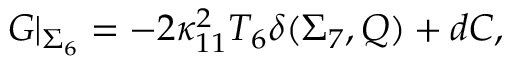
G \vert _ { \Sigma _ { 6 } } = - 2 \kappa _ { 1 1 } ^ { 2 } T _ { 6 } \delta ( \Sigma _ { 7 } , Q ) + d C ,